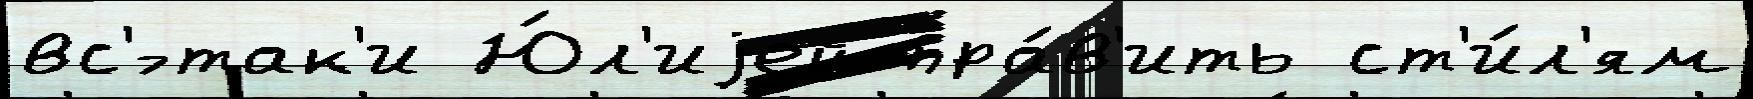
вс'́-так'и Ю́л'иjей пра́в'ить ст'и́л'ям